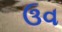
ઉવ